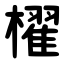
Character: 櫂